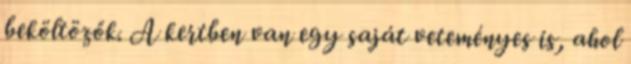
beköltözők. A kertben van egy saját veteményes is, ahol